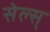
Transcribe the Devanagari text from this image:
सेल्स्